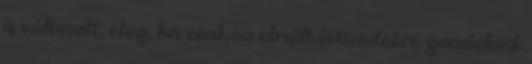
is változott, elég, ha csak az elmúlt évtizedekre gondolunk